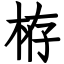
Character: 栫